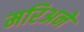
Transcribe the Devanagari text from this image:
मरिअने